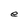
Character: e